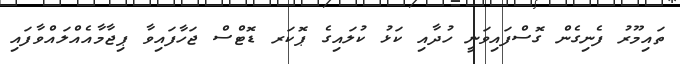
ތައިމޫރު ފެނިގެން ގޮސްފައިވަނީ ހުދާއި ކަޅު ކުލައިގެ ޕޮކަރ ޑޮޓްސް ޖަހާފައިވާ ޕިޖާމާއެއްލައްވާފައި